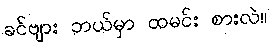
ခင်ဗျား ဘယ်မှာ ထမင်း စားလဲ။